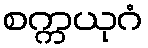
စက္ကယုဂံ